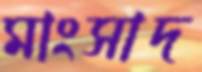
মাংসাদ